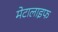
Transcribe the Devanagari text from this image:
मेटालाइफ